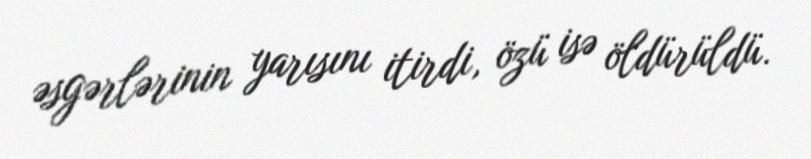
əsgərlərinin yarısını itirdi, özü isə öldürüldü.